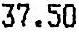
37.50